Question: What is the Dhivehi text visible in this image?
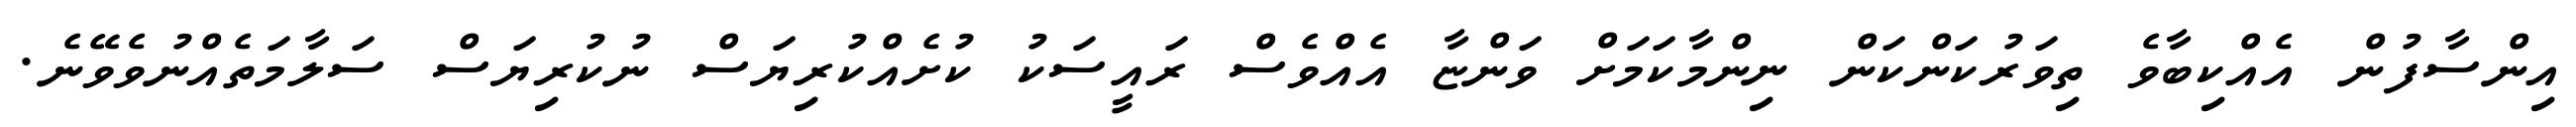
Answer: އިންސާފުން އެއްކިބާވެ ތިވަރުކަންކަން ނިންމާކަމަށް ވަންޏާ އެއްވެސް ރައީސަކު ކުށެއްކުރިޔަސް ނުކުރިޔަސް ސަލާމަތެއްނުވެވޭނެ.